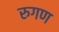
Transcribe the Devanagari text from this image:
रुगण